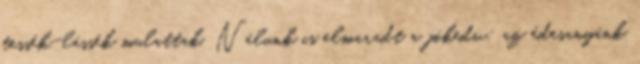
tessék-lássék mulattak. Nálunk is elmaradt a jókedv: az édesanyánk